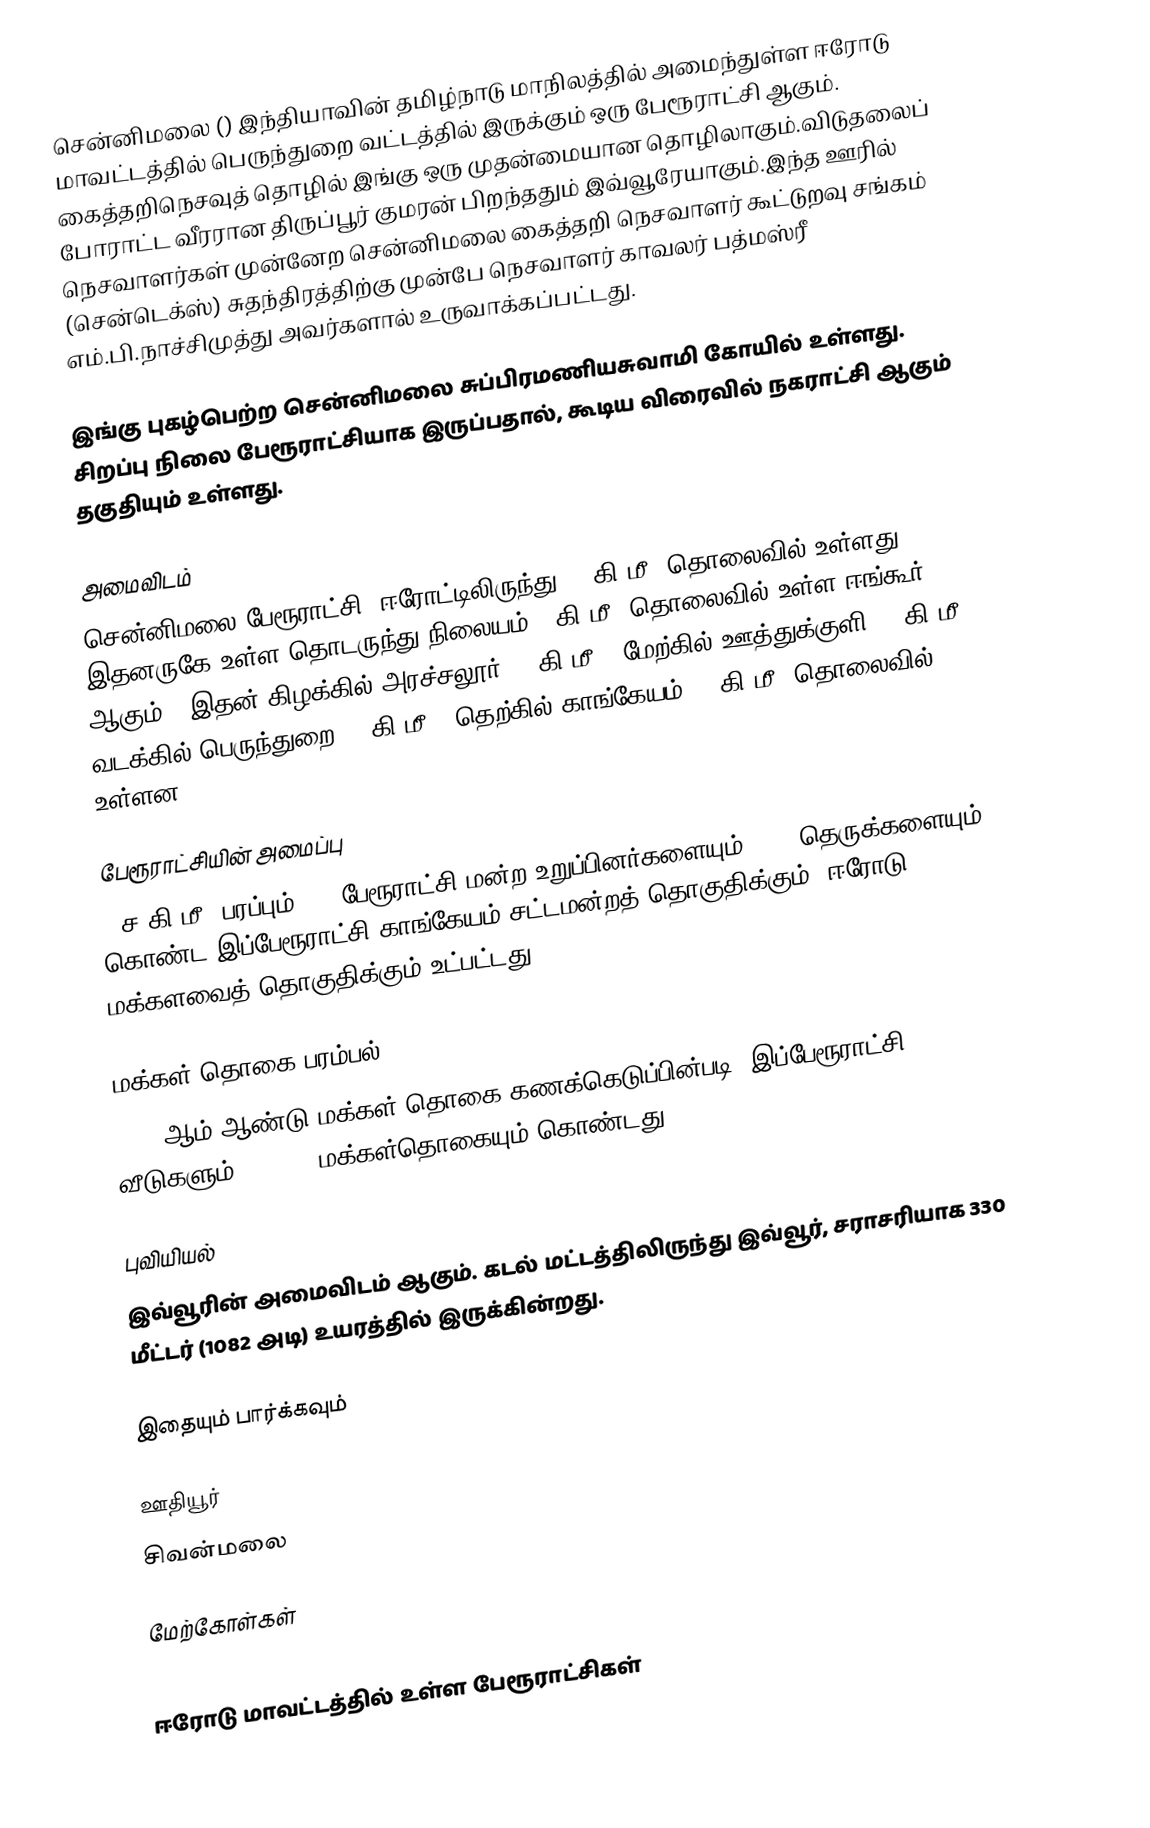
சென்னிமலை () இந்தியாவின் தமிழ்நாடு மாநிலத்தில் அமைந்துள்ள ஈரோடு மாவட்டத்தில் பெருந்துறை வட்டத்தில் இருக்கும் ஒரு பேரூராட்சி ஆகும். கைத்தறிநெசவுத் தொழில் இங்கு ஒரு முதன்மையான தொழிலாகும்.விடுதலைப் போராட்ட வீரரான திருப்பூர் குமரன் பிறந்ததும் இவ்வூரேயாகும்.இந்த ஊரில் நெசவாளர்கள் முன்னேற சென்னிமலை கைத்தறி நெசவாளர் கூட்டுறவு சங்கம் (சென்டெக்ஸ்) சுதந்திரத்திற்கு முன்பே  நெசவாளர் காவலர் பத்மஸ்ரீ எம்.பி.நாச்சிமுத்து  அவர்களால் உருவாக்கப்பட்டது.

இங்கு புகழ்பெற்ற சென்னிமலை சுப்பிரமணியசுவாமி கோயில் உள்ளது. சிறப்பு நிலை பேரூராட்சியாக இருப்பதால், கூடிய விரைவில் நகராட்சி ஆகும் தகுதியும் உள்ளது.

அமைவிடம்
சென்னிமலை பேரூராட்சி, ஈரோட்டிலிருந்து 30 கி.மீ. தொலைவில் உள்ளது. இதனருகே உள்ள தொடருந்து நிலையம் 8 கி.மீ. தொலைவில் உள்ள ஈங்கூர் ஆகும்.. இதன் கிழக்கில் அரச்சலூர் 10 கி.மீ.; மேற்கில் ஊத்துக்குளி 18 கி.மீ.; வடக்கில் பெருந்துறை 13 கி.மீ.; தெற்கில் காங்கேயம் 18 கி.மீ. தொலைவில் உள்ளன.

பேரூராட்சியின் அமைப்பு
4 ச.கி.மீ. பரப்பும், 15 பேரூராட்சி மன்ற உறுப்பினர்களையும், 106 தெருக்களையும் கொண்ட இப்பேரூராட்சி காங்கேயம் சட்டமன்றத் தொகுதிக்கும், ஈரோடு மக்களவைத் தொகுதிக்கும் உட்பட்டது.

மக்கள் தொகை பரம்பல்
2011-ஆம் ஆண்டு மக்கள் தொகை கணக்கெடுப்பின்படி, இப்பேரூராட்சி  4,682 வீடுகளும், 15,500 மக்கள்தொகையும் கொண்டது.

புவியியல்
இவ்வூரின் அமைவிடம்  ஆகும். கடல் மட்டத்திலிருந்து இவ்வூர், சராசரியாக 330 மீட்டர் (1082 அடி) உயரத்தில் இருக்கின்றது.

இதையும் பார்க்கவும்

 ஊதியூர்
 சிவன்மலை

மேற்கோள்கள்

ஈரோடு மாவட்டத்தில் உள்ள பேரூராட்சிகள்